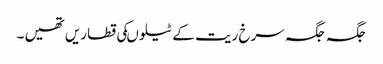
جگہ جگہ سرخ ریت کے ٹیلوںکی قطاریں تھیں ۔